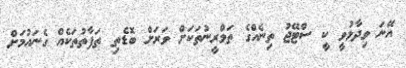
އޭނަ ވިދާޅުވީ ކީ ސްޓޭޖު ތިނެއްގެ ތަމްރީނުތަކަށް ވަރަށް ބޮޑެތި ތަފާތުތަކެއް ގެނައުމަށް